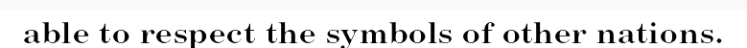
able to respect the symbols of other nations.